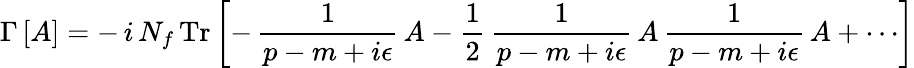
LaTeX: \Gamma\, [A]=-\, i\, N_{f}\, \mathrm{Tr}\, \biggl[-\, \frac{1}{p-m+i\epsilon}\, A-\frac{1}{2}\, \frac{1}{p-m+i\epsilon}\, A\, \frac{1}{p-m+i\epsilon}\, A+\cdots\biggr]